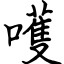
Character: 嚄